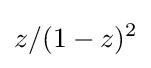
z/(1-z)^{2}